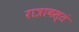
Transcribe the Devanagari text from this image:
रात्रावस्तं